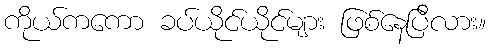
ကိုယ်ကကော ခပ်ယိုင်ယိုင်များ ဖြစ်နေပြီလား။